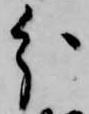
分